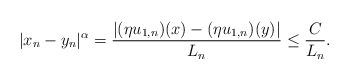
LaTeX: \begin{align*}|x_n-y_n|^{\alpha}= \frac{|(\eta u_{1,n})(x)-(\eta u_{1,n})(y)|}{L_n} \le \frac{C}{L_n}.\end{align*}